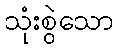
သုံးစွဲသော